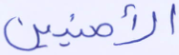
الآمنين